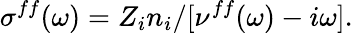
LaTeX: \sigma^{ff}(\omega)=Z_{i}n_{i}/[\nu^{ff}(\omega)-i\omega].